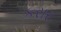
કરાર